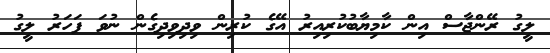
ލީގު ރޭންޖާސް އިން ކާމިޔާބުކުރިއިރު އޭގެ ކުރިން ވިދިވިދިގެން ނުވަ ފަހަރު ލީގު